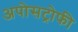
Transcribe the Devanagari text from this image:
अपोसट्रोफी